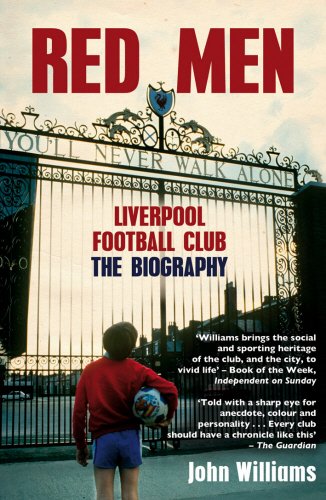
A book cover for Red Men: Liverpool Football Club The Biography; John L. Williams; Sports & Outdoors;